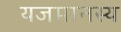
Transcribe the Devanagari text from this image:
यजमानस्य